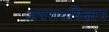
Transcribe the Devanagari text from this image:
अपराधविज्ञान